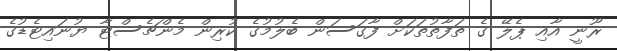
ރޫނީ އާއި ޕެލޭ ގެ ތަފާތުތަކަށް ފާގަސަން ބެލުމުގެ ކުރިން މެންޗެސްޓާ ޔުނައިޓެޑުގެ